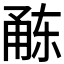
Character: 𭺻